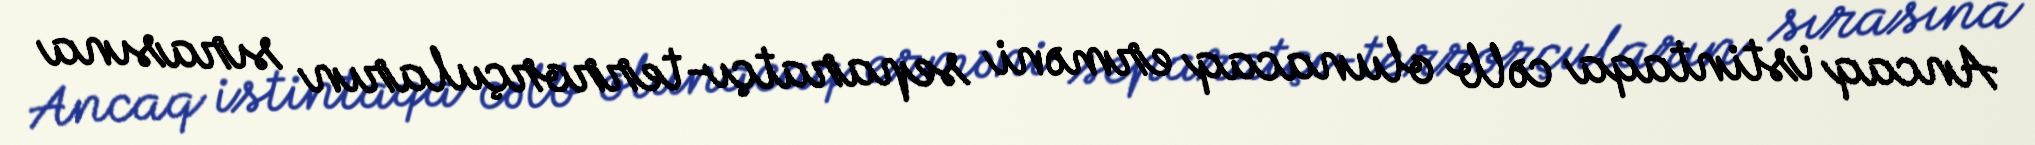
Ancaq istintaqa cəlb olunacaq erməni separatçı-terrorçuların sırasına